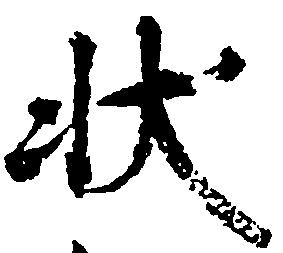
状